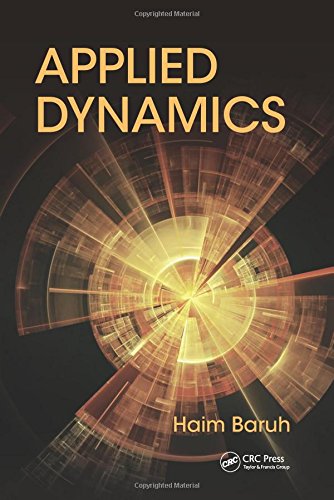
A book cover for Applied Dynamics; Haim Baruh; Science & Math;